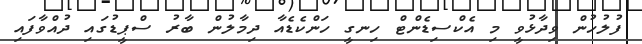
ފުލުހުން ވިދާޅުވީ މި އެކްސިޑެންޓް ހިނގީ ހަންކެޑެއާ ދިމާލުން ބާރު ސްޕީޑުގައި ދުއްވާފައި